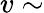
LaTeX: v\sim